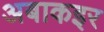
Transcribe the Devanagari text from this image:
अबाकइर